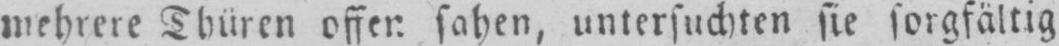
mehrere Thüren offen sahen, untersuchten sie sorgfältig